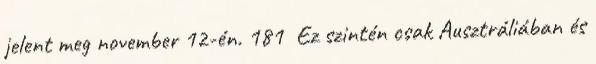
jelent meg november 12-én. 181 Ez szintén csak Ausztráliában és